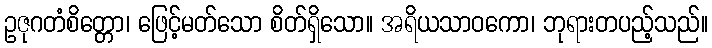
ဥဇုဂတံစိတ္တော၊ ဖြေင့်မတ်သော စိတ်ရှိသော။ အရိယသာဝကော၊ ဘုရားတပည့်သည်။